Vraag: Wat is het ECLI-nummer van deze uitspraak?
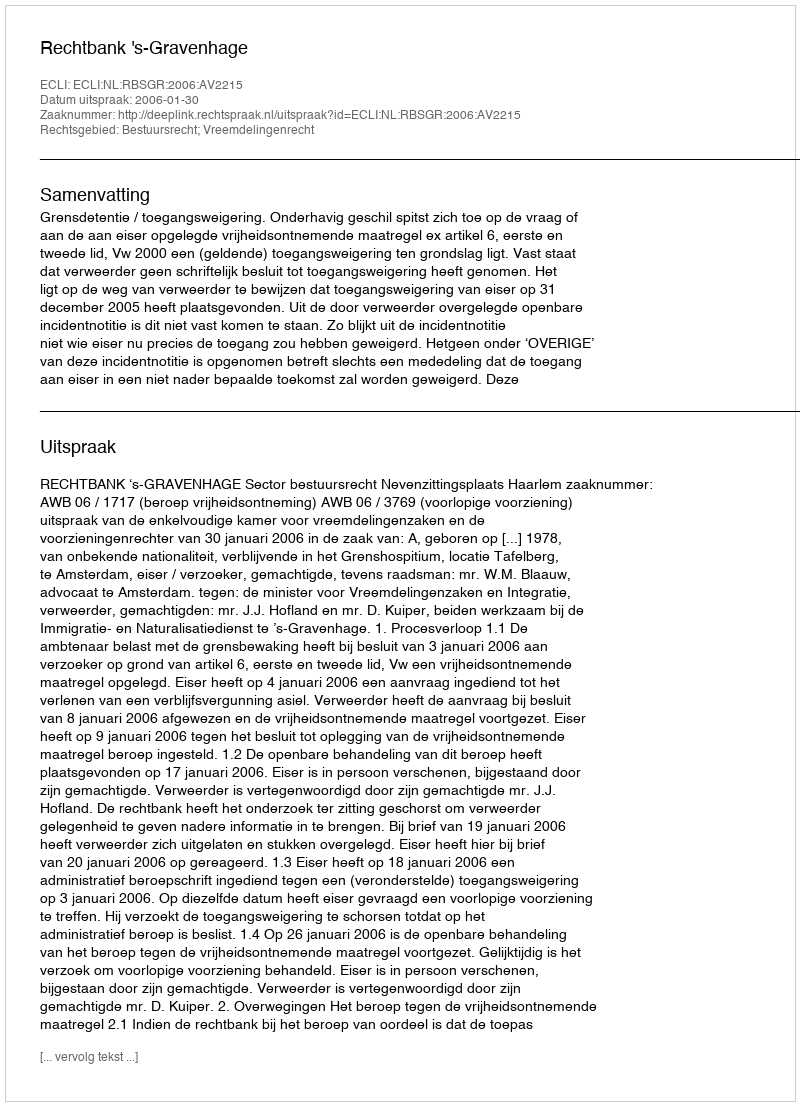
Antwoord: ECLI:NL:RBSGR:2006:AV2215